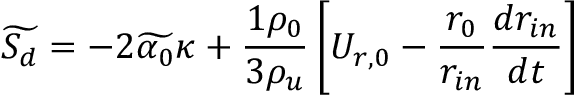
\widetilde { S _ { d } } = - 2 \widetilde { \alpha _ { 0 } } \kappa + \frac { 1 \rho _ { 0 } } { 3 \rho _ { u } } \left[ U _ { r , 0 } - \frac { r _ { 0 } } { r _ { i n } } \frac { d r _ { i n } } { d t } \right]